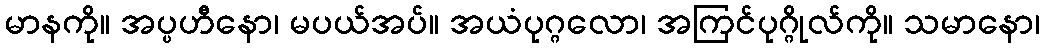
မာနကို။ အပ္ပဟီနော၊ မပယ်အပ်။ အယံပုဂ္ဂလော၊ အကြင်ပုဂ္ဂိုလ်ကို။ သမာနော၊